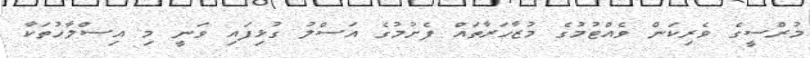
މުރްސީގެ ވެރިކަން ވެއްޓުމުގެ މުޒާހަރާތައް ފެށުމުގެ އަސްލު ގުޅިފައި ވަނީ މި އިސްލާހުތަކާ